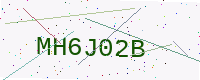
Text: MH6J02B